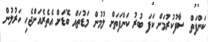
ކަންފަތް ސާފުކުރުމަށް ކަފަ ބުރު ކަންފަތަށް ލުމުން މަޑުތައް ބޮޑަށް އެތެރެއަށްޖެހި ހަރުލުން